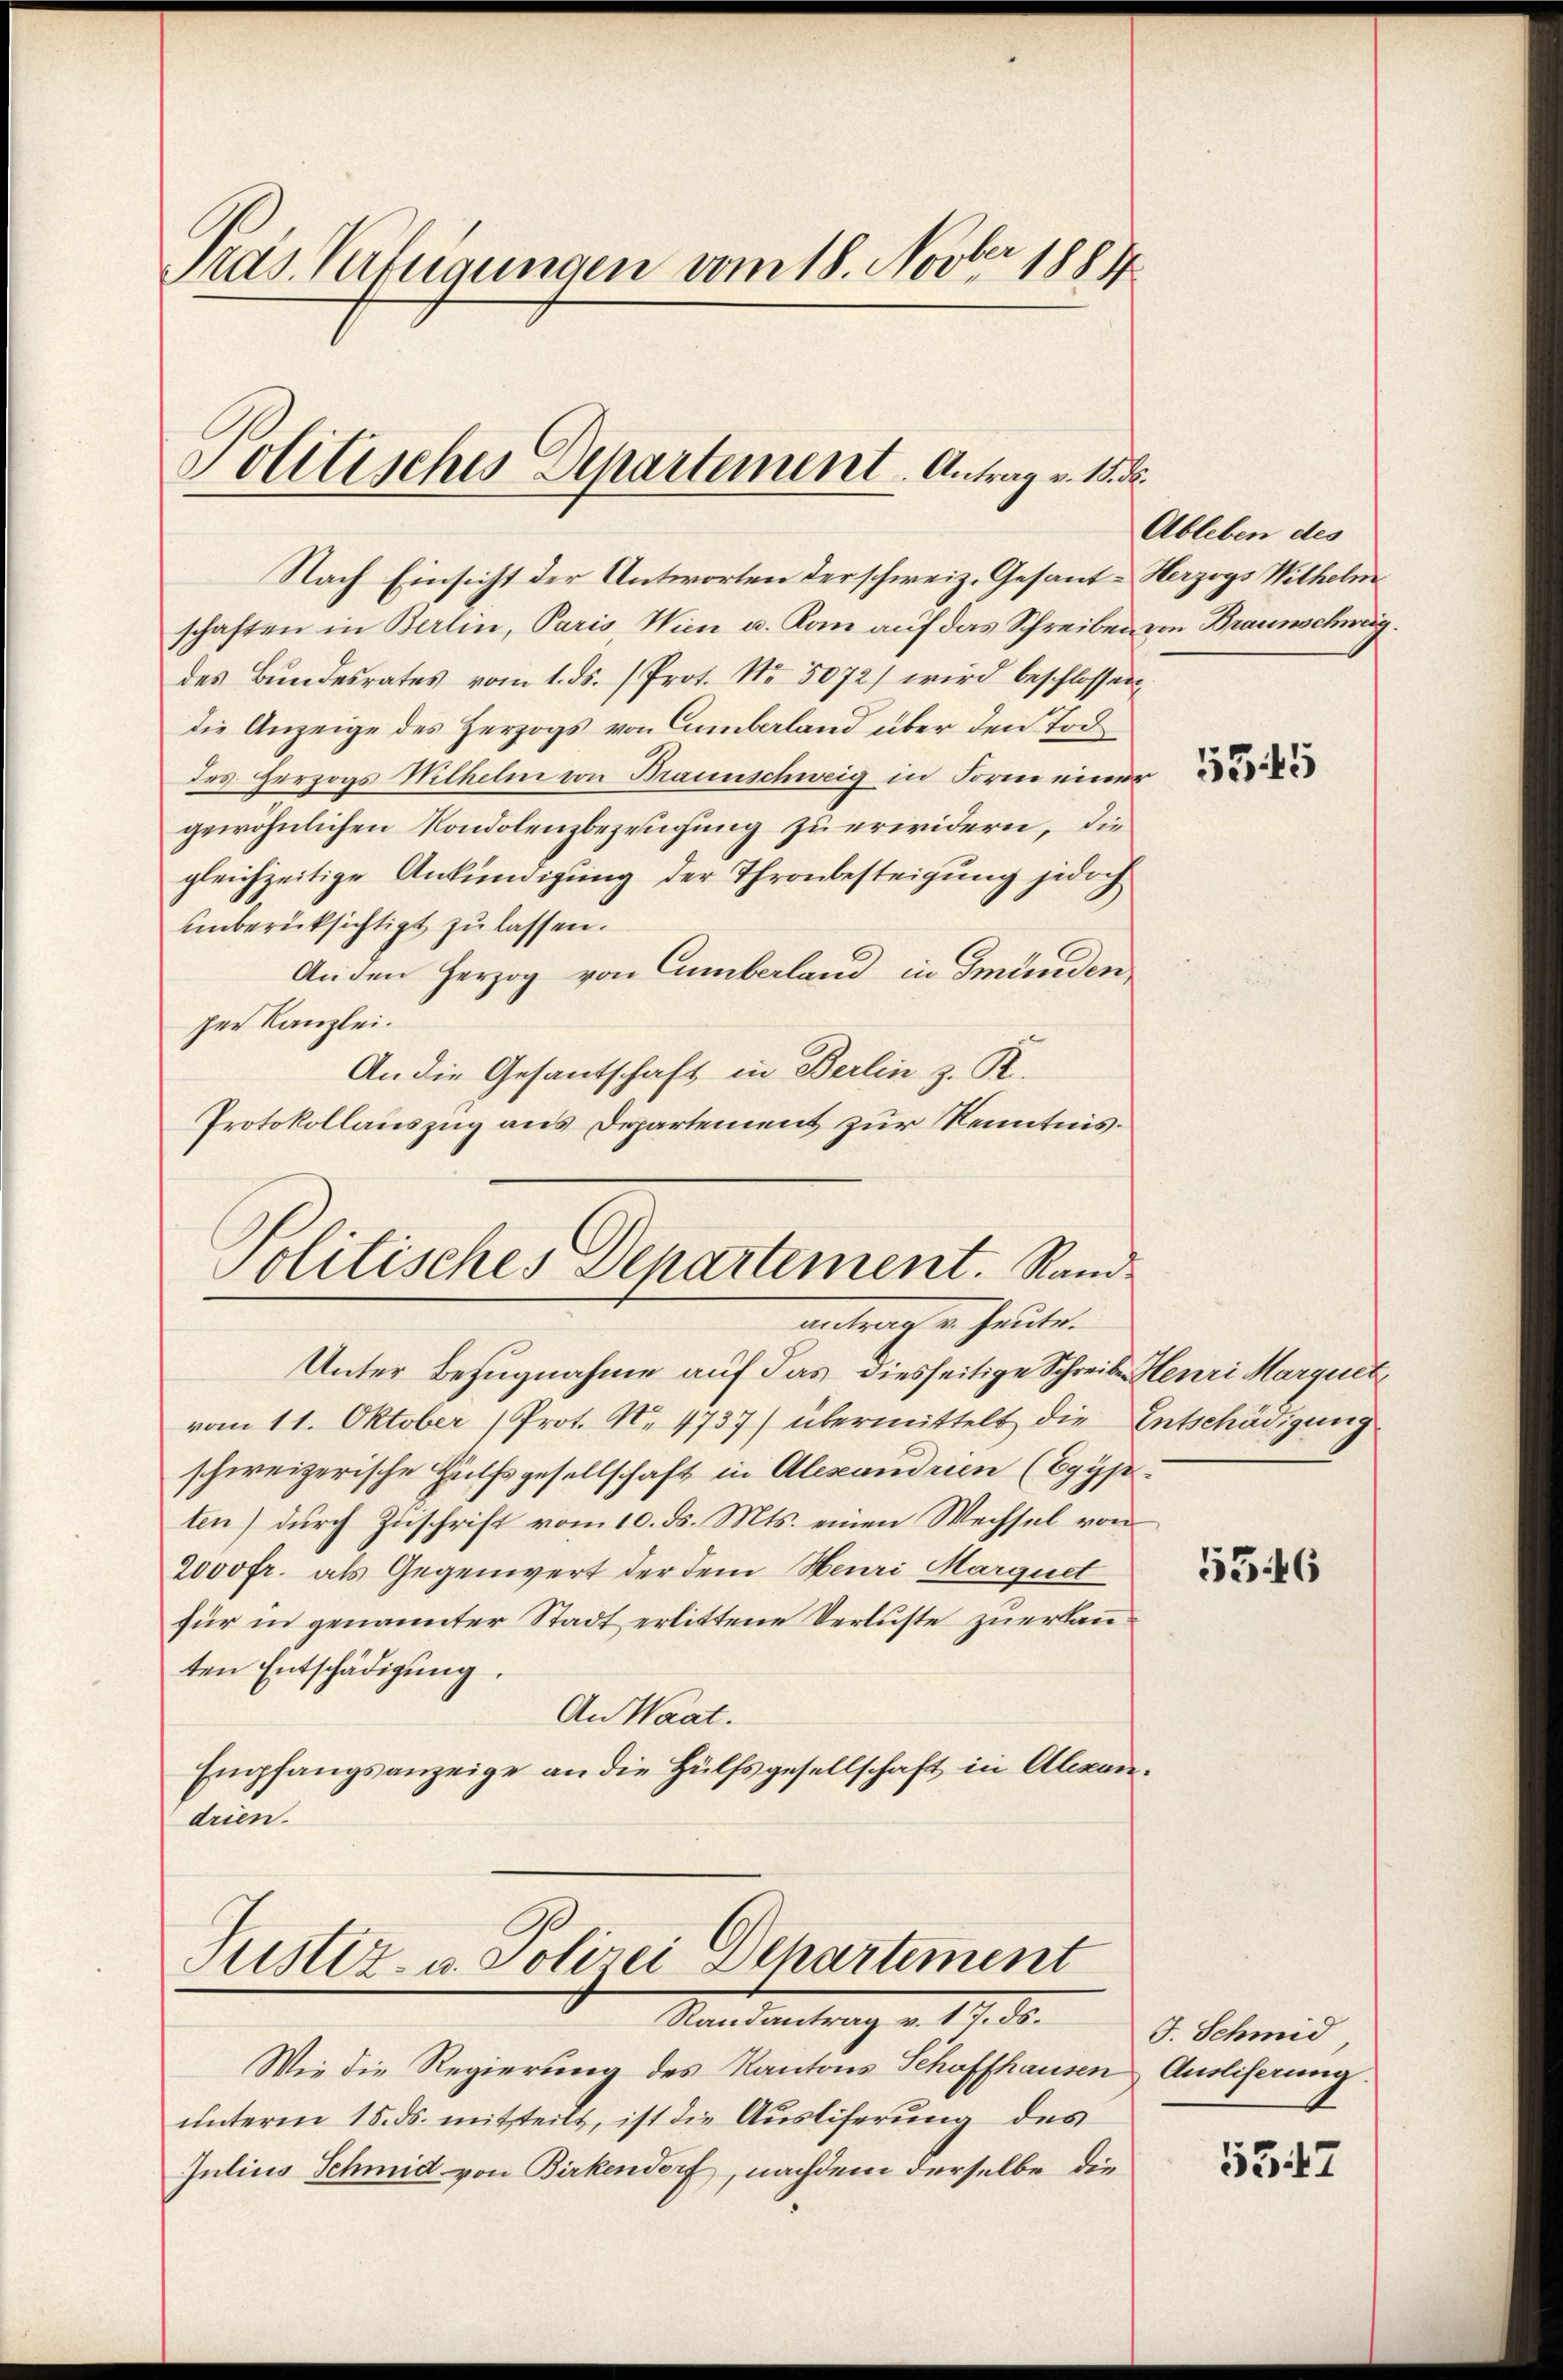
Pras Verfügungen vom 18. Novber 1884

Politisches Departement. Antrag v. 15. ds.

Nach Einsicht der Antworten der schweiz. Gesant-Herzogs Wilhelm
schaften in Berlin, Paris, Wien u. Kam auf das Schreiben von Braunschwag
des Bundesrates vom 1. ds. (Prot. Nr. 5072) wird beschlossen
die Anzeige des Herzogs von Camberland über den Toddes Herzogs Wilhelm von Braunschweig in Form einer
gewöhnlichen Kondolenzbezeugung zu erwidern, die
gleichzeitige Ankündigung der Thronbesteigung jedoch
unberücksichtigt zu lassen.
Anden Herzog von Cumberland in Gmunden,
ser Kanzlei.
An die Gesantschaft in Berlin z. B.
Protokollauszug aus Departement zur Kenntnis¬

Politisches Departement. Sandantragen heute.

Unter Bezugnahme auf das diesseitige Schreibe Henri Marquet
vom 11. Oktober (Prot. No. 4737) übermittelt die Entschädigung
schweizerische Hülfsgesellschaft in Alexandrien (Egyp
ten) durch Zuschrift vom 10. ds. Mts. einen Wechsel von
2000fr. als Gegenwert der dem Heuri Marquet
für in genannter Stadt erlittene Verluste zuerkanten Entschädigung.
An Waat.
Empfangsanzeige an die Hülfsgesellschaft in Alexandrien.

Justiz- u. Polizei Departement
Mandantrag v. 19. d.

Wie die Regierung des Kantons Schaffhausen Ausliferung.
unterm 15. ds. mitteilt, ist die Auslieferung des
Julius Schmid von Birkendorf, nachdem derselbe die

Ableben des

5545

5546

J. Schmid

5347